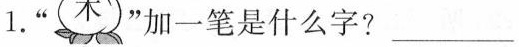
1.”木 ”加一笔是什么字?___